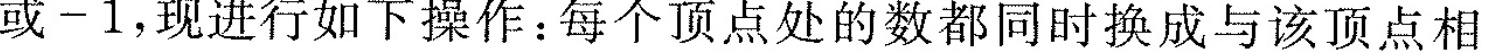
或-1，现进行如下操作：每个顶点处的数都同时换成与该顶点相